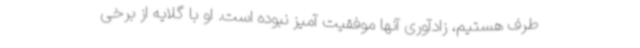
طرف هستیم، زادآوری آنها موفقیت آمیز نبوده است. او با گلایه از برخی